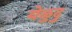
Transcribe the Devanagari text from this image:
येळुदु